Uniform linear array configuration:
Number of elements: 4
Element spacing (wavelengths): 0.75
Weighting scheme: binomial
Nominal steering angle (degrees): -45
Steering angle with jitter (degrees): -44.547
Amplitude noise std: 0.05
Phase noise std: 0.05

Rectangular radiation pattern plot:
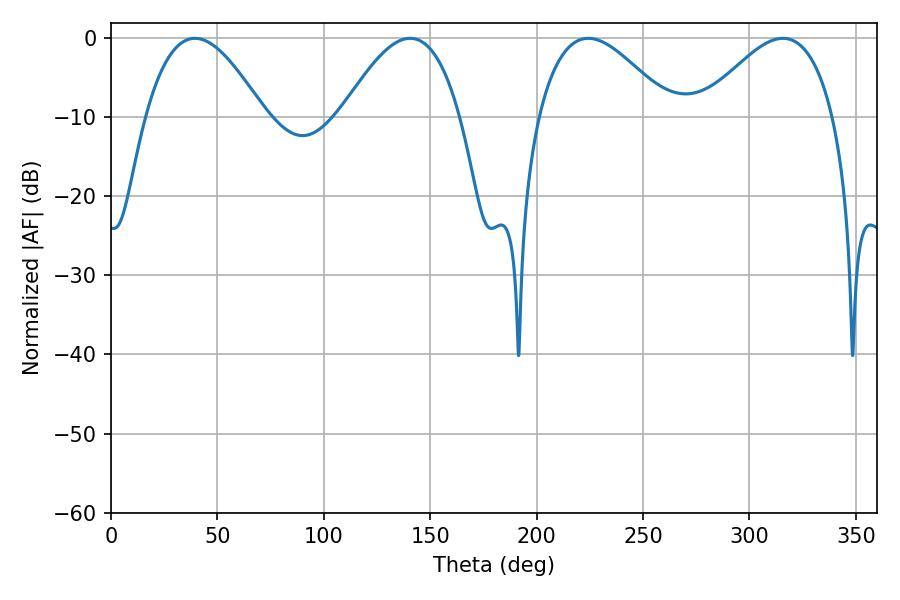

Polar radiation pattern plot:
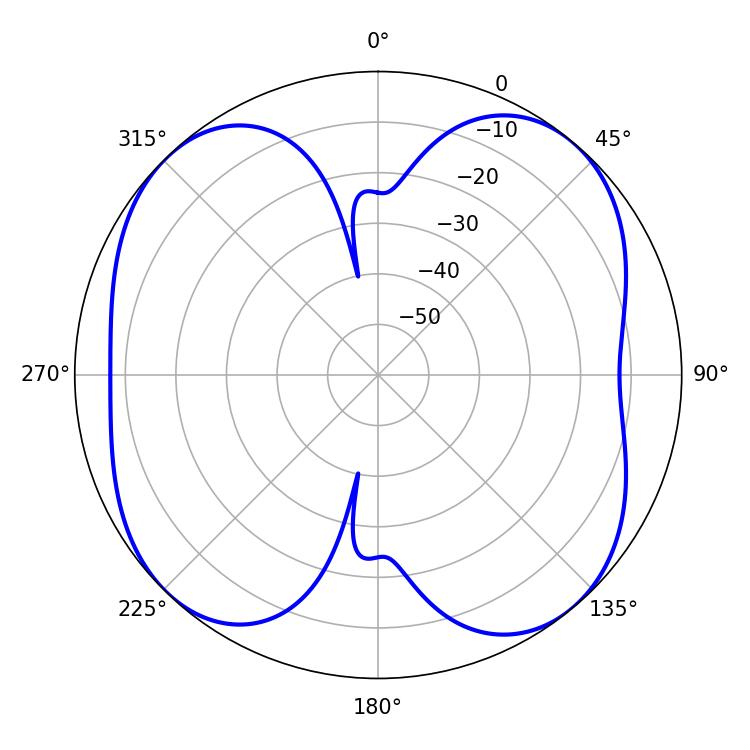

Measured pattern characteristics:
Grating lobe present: TRUE
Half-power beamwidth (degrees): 33.66
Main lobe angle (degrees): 224.28